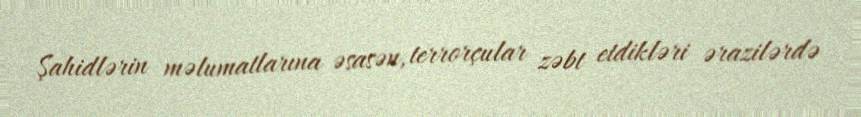
Şahidlərin məlumatlarına əsasən, terrorçular zəbt etdikləri ərazilərdə